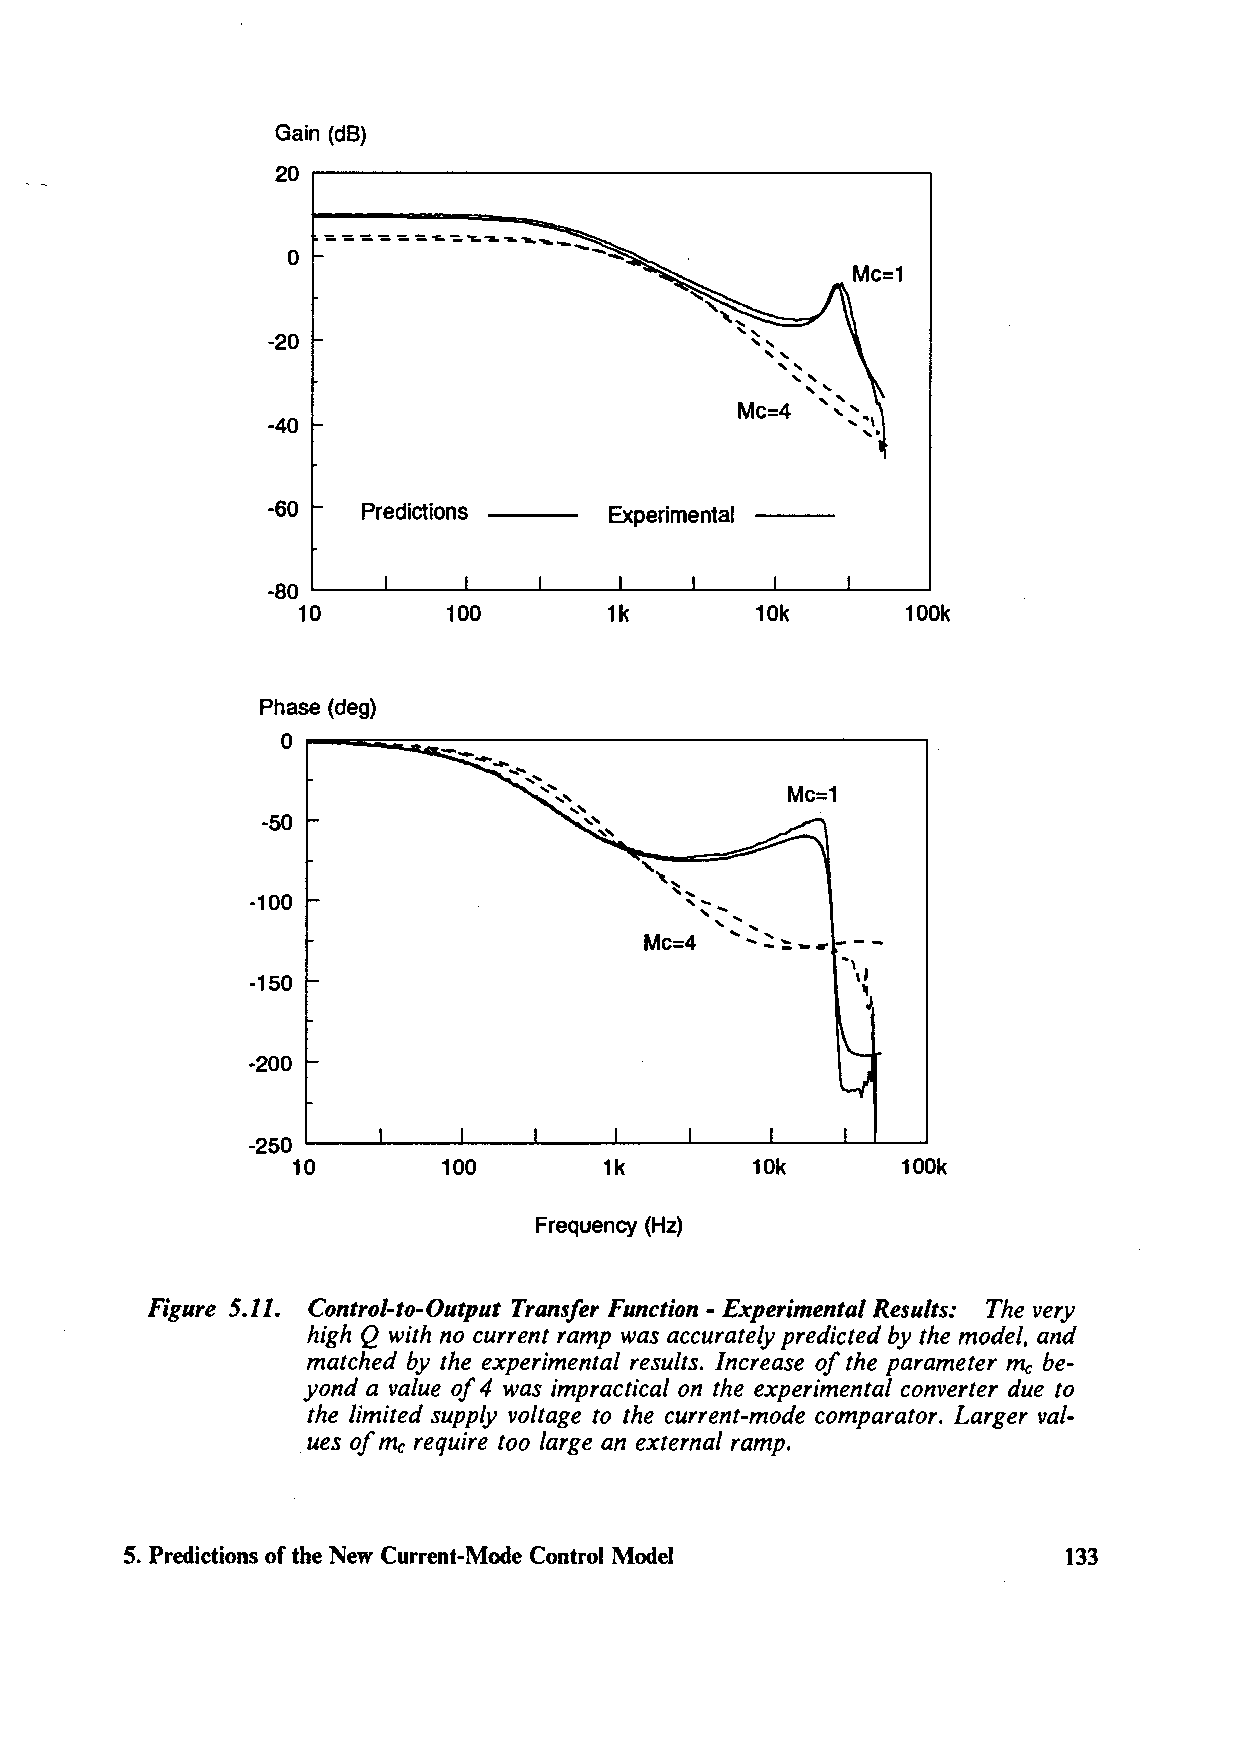
Gain (dB)
 20 ,------------------------,
 0
 -20
 -40
 -60   Predictions     Experimental
 -80 .__ _ __._ ___ _._ __. ..__ _. ..__ __._ _____. ..__~
 10        100       1k        10k       100k
 Phase (deg)
 0 r--;:;;;;;;;;~;::::----------------,
 -50
 ',
 ..
 ~ , ...
 -100                         ' ... .. .. ....
 '
 Mc=4  '-:::.-..
 -150
 -200
 -250 ....._ _ __._ ___ ._ __. ..__ __. ___ __._ _____. .._..._~
 10        100        1k        10k       100k
 Frequency (Hz)
 Figure 5.11. Control-to-Output Transfer Function - Experimental Results: The very
 high Q with no current ramp was accurately predicted by the model, and
 matched by the experimental results. Increase of the parameter me be-
 yond a value of 4 was impractical on the experimental converter due to
 the limited supply voltage to the current-mode comparator. Larger val-
 ues of me require too large an external ramp.
 5. Predictions of the New Current-Mode Control Model           133